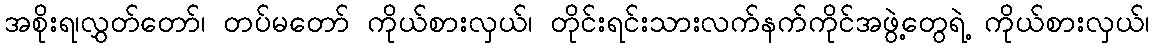
အစိုးရ၊လွှတ်တော်၊ တပ်မတော် ကိုယ်စားလှယ်၊ တိုင်းရင်းသားလက်နက်ကိုင်အဖွဲ့တွေရဲ့ ကိုယ်စားလှယ်၊